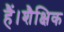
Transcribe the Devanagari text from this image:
हैं।शैक्षिक